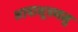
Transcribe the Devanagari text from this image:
भाषाभूषणमु